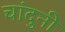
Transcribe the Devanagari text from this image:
चांदुनी